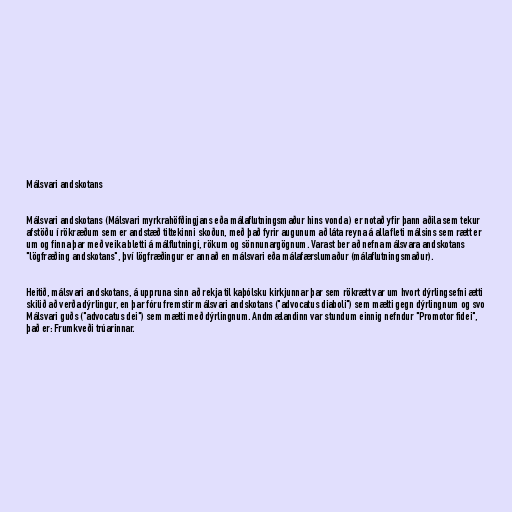
Málsvari andskotans

Málsvari andskotans (Málsvari myrkrahöfðingjans eða málaflutningsmaður hins vonda ) er notað yfir þann aðila sem tekur
afstöðu í rökræðum sem er andstæð tiltekinni skoðun, með það fyrir augunum að láta reyna á alla fleti málsins sem rætt er
um og finna þar með veika bletti á málflutningi, rökum og sönnunargögnum. Varast ber að nefna málsvara andskotans
"lögfræðing andskotans", því lögfræðingur er annað en málsvari eða málafærslumaður (málaflutningsmaður).

Heitið, málsvari andskotans, á uppruna sinn að rekja til kaþólsku kirkjunnar þar sem rökrætt var um hvort dýrlingsefni ætti
skilið að verða dýrlingur, en þar fóru fremstir málsvari andskotans ("advocatus diaboli") sem mælti gegn dýrlingnum og svo
Málsvari guðs ("advocatus dei") sem mælti með dýrlingnum. Andmælandinn var stundum einnig nefndur "Promotor fidei",
það er: Frumkveði trúarinnar.